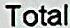
TOTAL